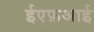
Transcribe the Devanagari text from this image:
ईएफ़आई